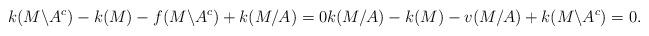
LaTeX: \begin{align*}k(M\backslash A^c) -k(M) - f(M\backslash A^c) +k(M/A)=0 k(M/A)-k(M)-v(M/A)+k(M\backslash A^c)=0.\end{align*}